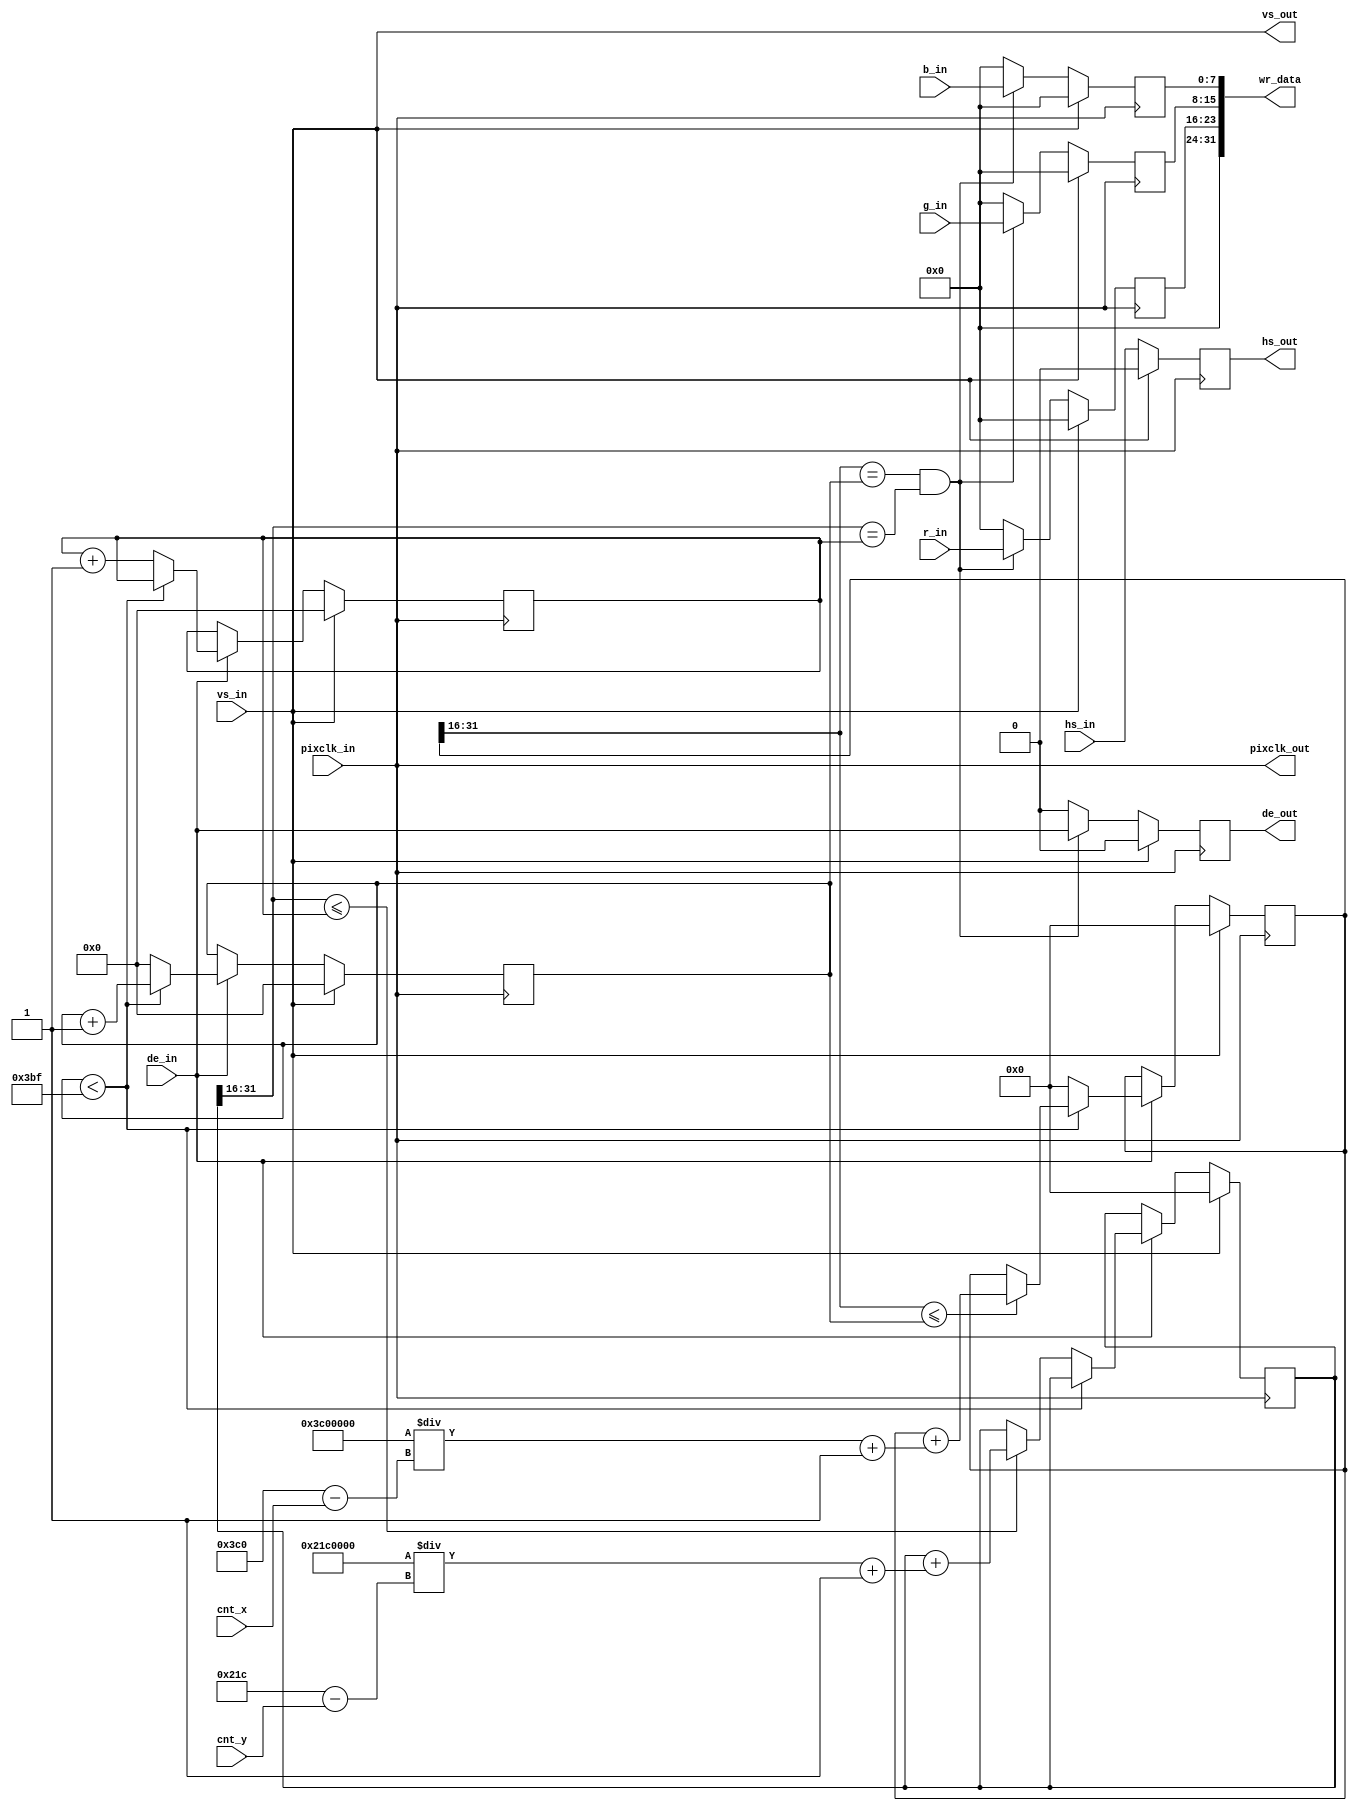
module video_scale(
    
    input                               pixclk_in                  ,
    input              [   9:0]         cnt_x                      ,
    input              [   9:0]         cnt_y                      ,
    input                               vs_in                      ,
    input                               hs_in                      ,
    input                               de_in                      ,
    input              [   7:0]         r_in                       ,
    input              [   7:0]         g_in                       ,
    input              [   7:0]         b_in                       ,

    output                              pixclk_out                 ,
    output                              vs_out                     ,
    output reg                          hs_out                     ,
    output reg                          de_out                     ,
    output             [  31:0]         wr_data                     

);
///////////////////////////////////////////////////////
reg                    [   7:0]         r_out                      ;
reg                    [   7:0]         g_out                      ;
reg                    [   7:0]         b_out                      ;



wire                    [   9:0]         vin_xres=   10'd960        ;
wire                    [   9:0]         vin_yres=   10'd540        ;
wire                    [   9:0]         vout_xres                  ;
wire                    [   9:0]         vout_yres                  ;

assign  vout_xres   = 10'd960 - cnt_x;
assign  vout_yres   = 10'd540 - cnt_y;
 
assign pixclk_out   =  pixclk_in    ;
assign vs_out       =  vs_in;
assign wr_data      =  {8'b0,r_out,g_out,b_out};
///////////////////////////////////////////////////////////////
wire                    [  31:0]         scaler_height;//[31:16]1616
wire                    [  31:0]         scaler_width;//[31:16]1616
assign                                   scaler_height	=   ((vin_yres << 16 )/vout_yres) + 1;
assign                                   scaler_width	=   ((vin_xres << 16 )/vout_xres) + 1;		
reg                    [  15:0]         vin_x			= 0                ;//
reg                    [  15:0]         vin_y			= 0                ;//
reg                    [  31:0]         vout_x			= 0               ;//,,[31:16]16
reg                    [  31:0]         vout_y			= 0               ;//,,[31:16]16
always@(posedge pixclk_in)
begin                                                               //
    if(vs_in )begin
        vin_x            <= 0;
        vin_y            <= 0;
    end
    else if (de_in == 1 )begin                                      //
        if( vin_x < vin_xres -1 )begin                              //vin_xres = 
            vin_x    <= vin_x + 1;
        end
        else begin
            vin_x        <= 0;
            vin_y        <= vin_y + 1;
        end
    end
end                                                                 //always

always@(posedge pixclk_in)
begin                                                               //
    if(vs_in)begin
        vout_x        <= 0;
        vout_y        <= 0;
    end
    else if (de_in == 1 )begin                                      //
        if(vin_x < vin_xres -1)begin                                //vin_xres = 
            if (vout_x[31:16] <= vin_x)begin                        //[31:16]16
                vout_x    <= vout_x + scaler_width;                 //vout_x  x 
            end
        end
        else begin
            vout_x        <= 0;
            if (vout_y[31:16] <= vin_y)begin                        //[31:16]16
                vout_y    <= vout_y + scaler_height;                //vout_y  y 
            end
        end
    end
end                                                                 //	always
//vin_x,vin_y 
// vin_x == vout_x && vin_y == vout_y 
always@(posedge pixclk_in)
begin
    if(vs_in)begin
	  
        hs_out       <=  0   ;
        de_out       <=  0   ;
        r_out        <=  0   ;
        g_out        <=  0   ;
        b_out        <=  0   ;
    end
    else begin                                                      //
        if(vout_x[31:16] == vin_x && vout_y[31:16] == vin_y)begin   //[31:16]16,
				//
        r_out        <=  r_in         ;
        g_out        <=  g_in         ;
        b_out        <=  b_in         ;
        hs_out       <=  hs_in        ;
        de_out       <=  de_in        ;
			//
        end
        else begin
			
					//
            r_out        <=  0        ;
            g_out        <=  0        ;
            b_out        <=  0        ;
            hs_out       <=  hs_in    ;
            de_out       <=  0        ;
        end
    end
end                                                                 //	always
	 
endmodule